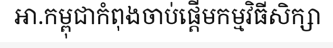
អា.កម្ពុជាកំពុងចាប់ផ្តើមកម្មវិធីសិក្សា